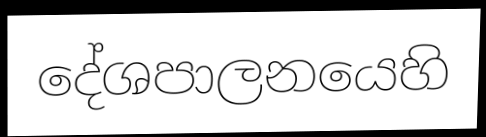
දේශපාලනයෙහි